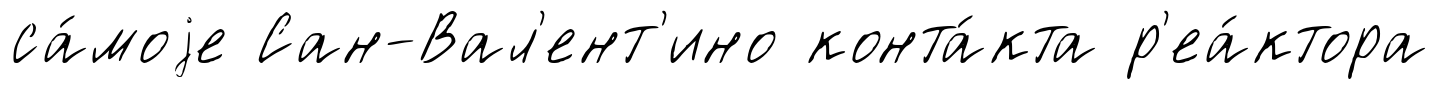
са́моjе Сан-Вал'ент'ино конта́кта р'еа́ктора